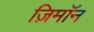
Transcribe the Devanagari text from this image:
ज़िमाॅन